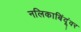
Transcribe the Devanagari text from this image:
नलिकाबिंदूंवर